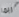
ربما